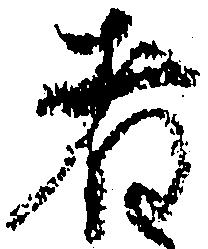
者